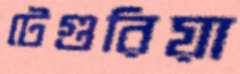
টেগুরিয়া